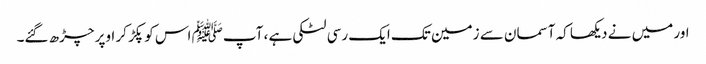
اور میں نے دیکھا کہ آسمان سے زمین تک ایک رسی لٹکی ہے ، آپﷺ اس کو پکڑ کر اوپر چڑھ گئے۔